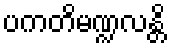
ပကတိမဏ္ဍလန္တိ